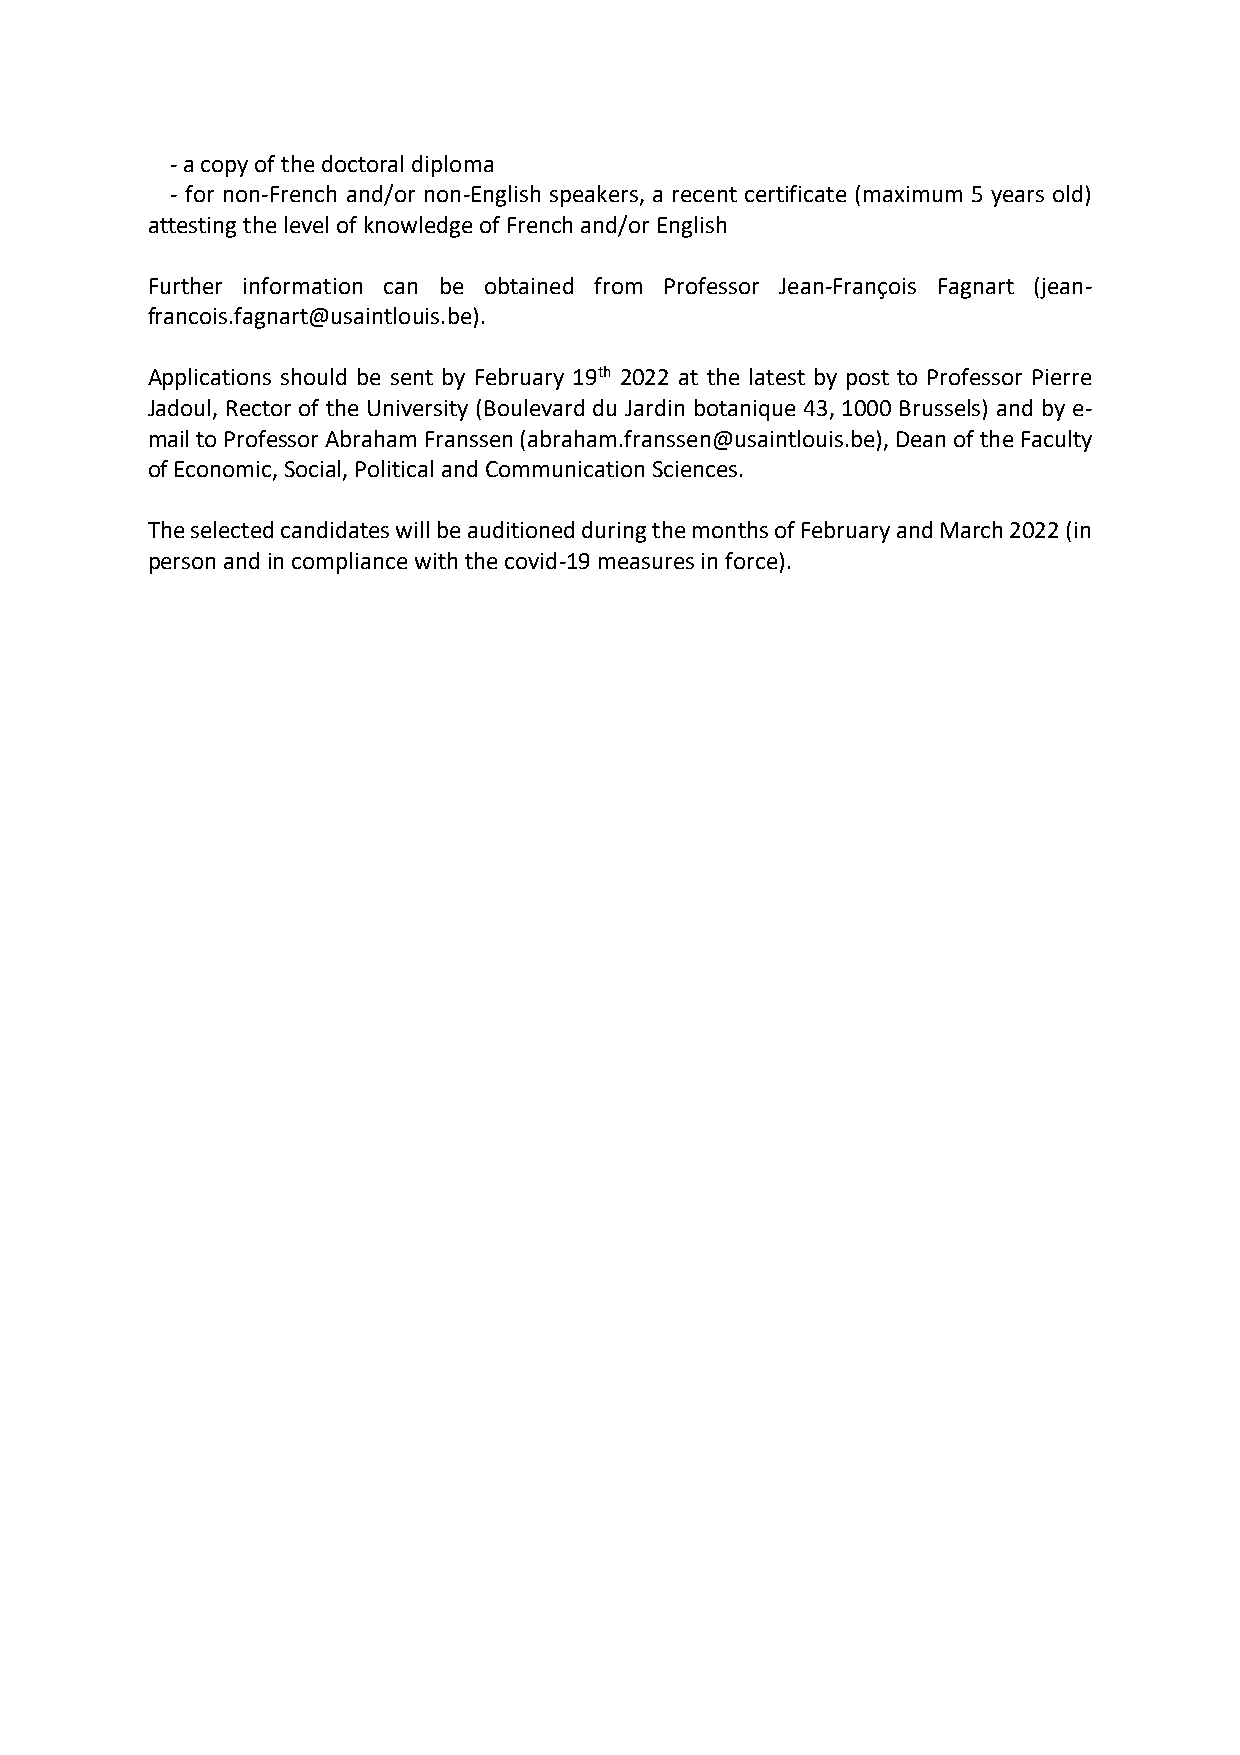
- a copy of the doctoral diploma
 - for non-French and/or non-English speakers, a recent certificate (maximum 5 years old)
 attesting the level of knowledge of French and/or English
 Further information can be obtained from Professor Jean-François Fagnart (jean-
 francois.fagnart@usaintlouis.be).
 Applications should be sent by February 19th 2022 at the latest by post to Professor Pierre
 Jadoul, Rector of the University (Boulevard du Jardin botanique 43, 1000 Brussels) and by e-
 mail to Professor Abraham Franssen (abraham.franssen@usaintlouis.be), Dean of the Faculty
 of Economic, Social, Political and Communication Sciences.
 The selected candidates will be auditioned during the months of February and March 2022 (in
 person and in compliance with the covid-19 measures in force).